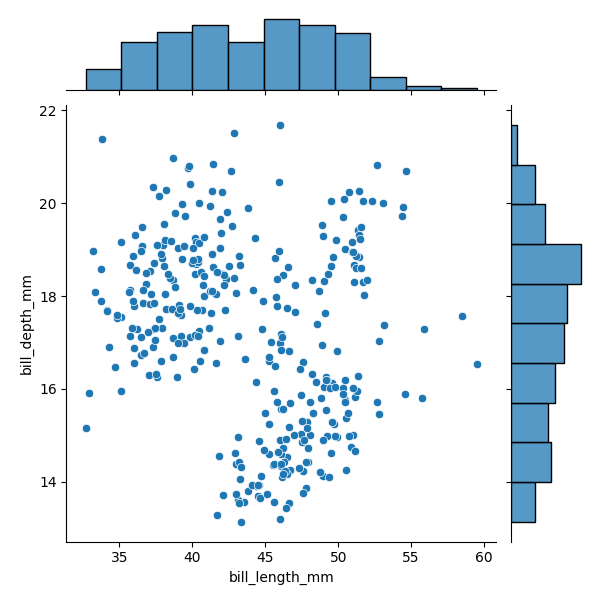
python, seaborn, JointGrid, scatterplot, histplot